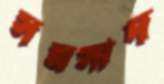
সমসাদ